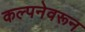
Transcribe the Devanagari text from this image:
कल्पनेवरून